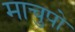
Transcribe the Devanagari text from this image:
माचुपो